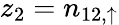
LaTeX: z_{2}=n_{12,\uparrow}